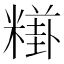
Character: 𥼎